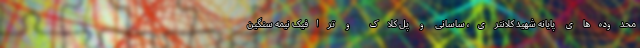
محدوده‌های پایانه شهید کلانتری، ساسانی و پل کلاک و ترافیک نیمه سنگین